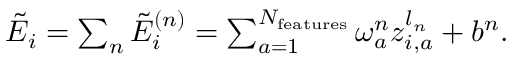
\begin{array} { r } { \tilde { E } _ { i } = \sum _ { n } \tilde { E } _ { i } ^ { ( n ) } = \sum _ { a = 1 } ^ { N _ { \mathrm { f e a t u r e s } } } \omega _ { a } ^ { n } z _ { i , a } ^ { l _ { n } } + b ^ { n } . } \end{array}